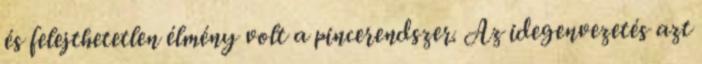
és felejthetetlen élmény volt a pincerendszer. Az idegenvezetés azt